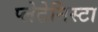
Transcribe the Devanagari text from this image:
प्‍लेटेनिस्‍टा